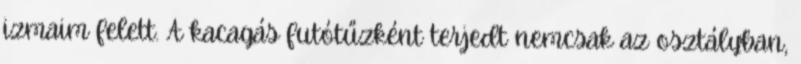
izmaim felett. A kacagás futótűzként terjedt nemcsak az osztályban,